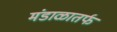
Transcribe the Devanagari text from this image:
मंडाळातर्फ